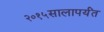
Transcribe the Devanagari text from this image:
२०१५सालापर्यंत